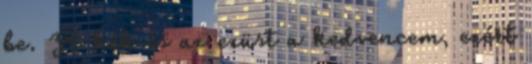
be. A kék és az ezüst a kedvencem, ezért